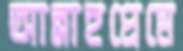
আল্লাহপ্রেমে